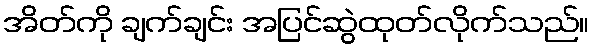
အိတ်ကို ချက်ချင်း အပြင်ဆွဲထုတ်လိုက်သည်။